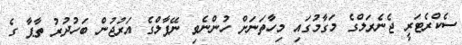
ސެކްރެޓަރީ ޖެނެރަލްގެ މަގާމުގައި މިހާތަނަށް ހުންނެވި ނޭޕާލްގެ އަރުޖުން ބަހުދުރު ތާޕާ ގެ